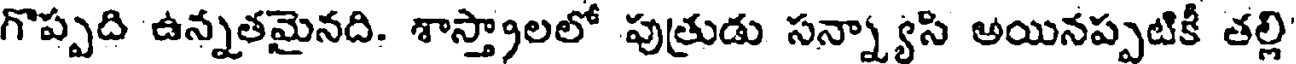
గొప్పది ఉన్నతమైనది. శాస్త్రాలలో పుత్రుడు సన్న్యాసి అయినప్పటికీ తల్లి